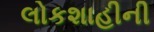
લોકશાહીની